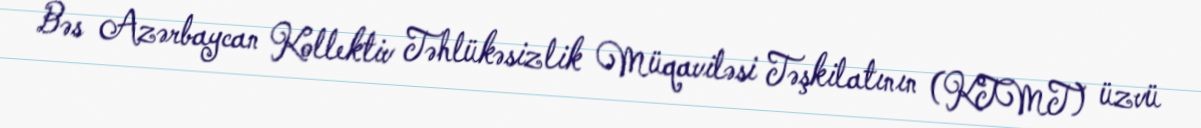
Bəs Azərbaycan Kollektiv Təhlükəsizlik Müqaviləsi Təşkilatının (KTMT) üzvü